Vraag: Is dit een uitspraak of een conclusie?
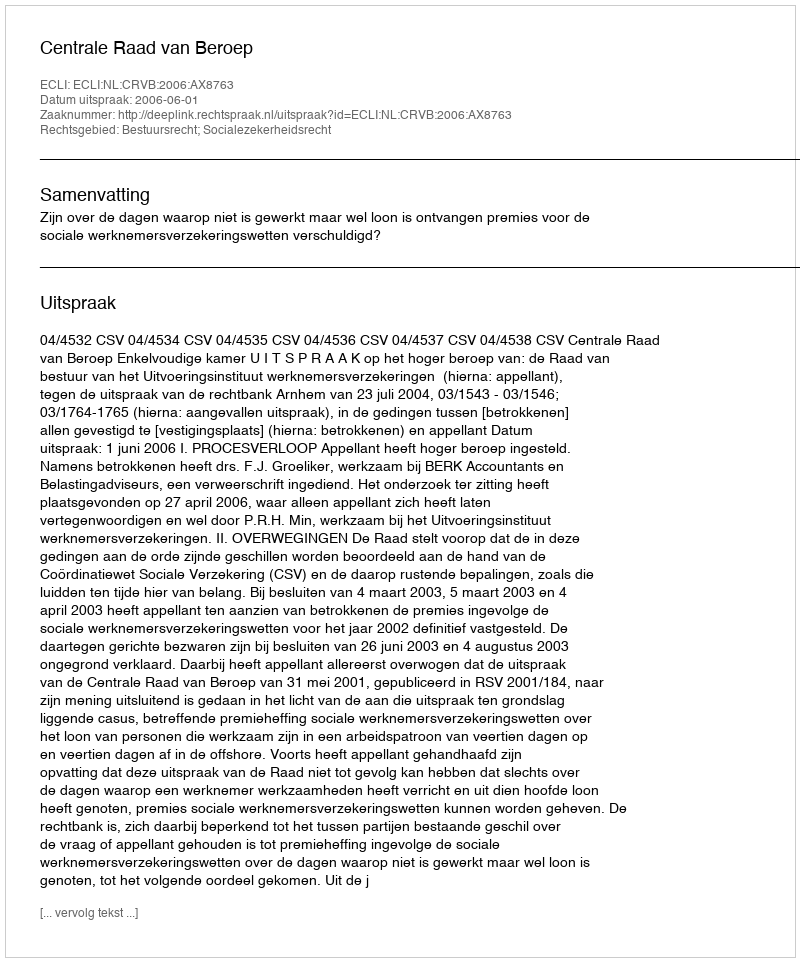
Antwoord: Uitspraak